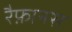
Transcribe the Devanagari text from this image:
रैफ़ानस